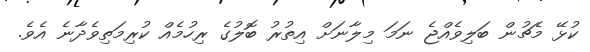
ކުޅޭ މެޗުން ބަލިވެއްޖެ ނަމަ މިލާނަށް އިތުރު ބޮލުގެ ރިހުމެއް ކުރިމަތިވެދާނެ އެވެ.